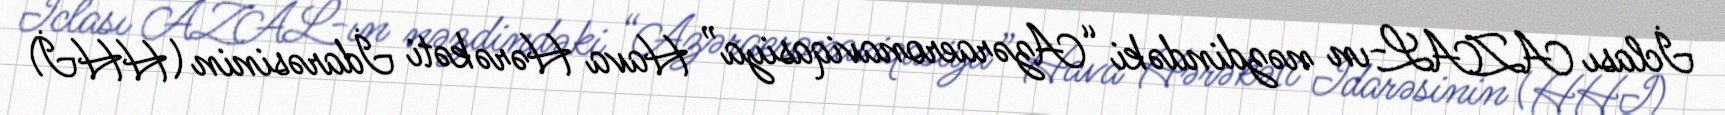
İclası AZAL-ın nəzdindəki “Azəraeronaviqasiya” Hava Hərəkəti İdarəsinin (HHİ)